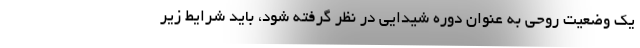
یک وضعیت روحی به عنوان دوره شیدایی در نظر گرفته شود، باید شرایط زیر